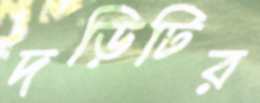
দড়িটির